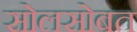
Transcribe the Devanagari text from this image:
सोलसोबत